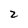
Character: 2